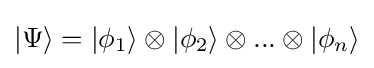
|\Psi \rangle =|\phi _{1}\rangle \otimes |\phi _{2}\rangle \otimes ...\otimes |\phi _{n}\rangle